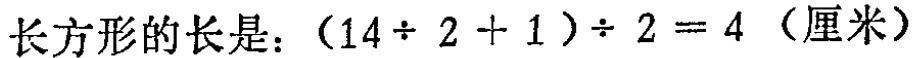
长方形的长是：\((14\div 2 + 1)\div 2 = 4\)（厘米）